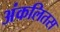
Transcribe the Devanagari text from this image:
अंकलितस